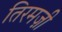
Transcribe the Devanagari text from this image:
तिरमज़ी